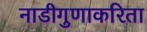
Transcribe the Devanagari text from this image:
नाडीगुणाकरिता